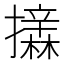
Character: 𱡈